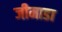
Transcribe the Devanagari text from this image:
जीमाडा